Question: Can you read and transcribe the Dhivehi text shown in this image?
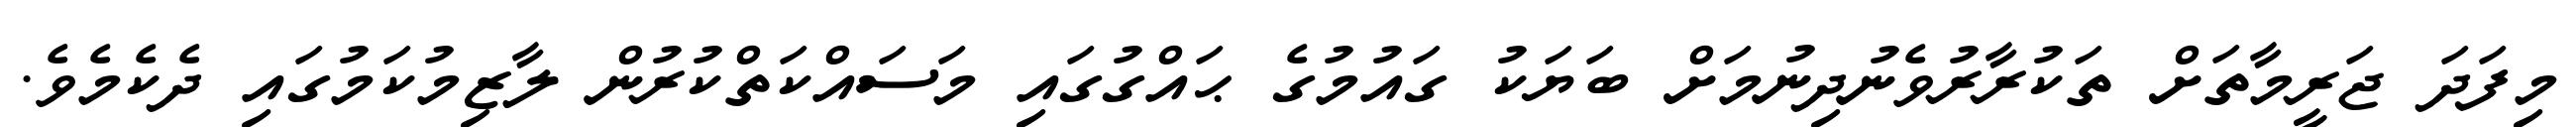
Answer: މިފަދަ ޖަރީމާތަށް ތަކުރާރުވެނުދިނުމަށް ބަޔަކު ގައުމުގެ ޙައްގުގައި މަސައްކަތްކުރުން ލާޒިމުކަމުގައި ދެކެމެވެ.